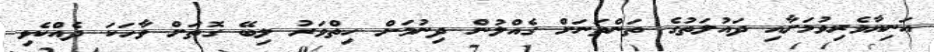
އަނިޔާވެރިވުމަށާއި ދައުލަތުގެ ތަންތަނަށް ގެއްލުން ދިނުމަށް ހިތްވަރު ލިބޭ ގޮތަށް ވާހަކަ ދެއްކެވި